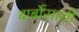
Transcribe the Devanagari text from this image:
बार्बोसाशी